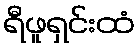
ရီဖူရှင်းထံ